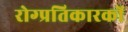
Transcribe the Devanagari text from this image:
रोग्प्रतिकारकों